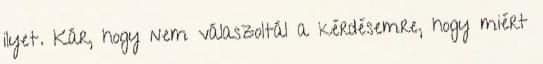
ilyet. Kár, hogy nem válaszoltál a kérdésemre, hogy miért